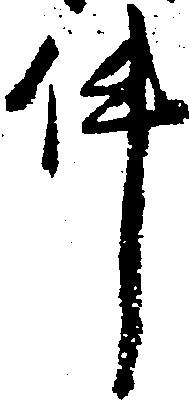
件